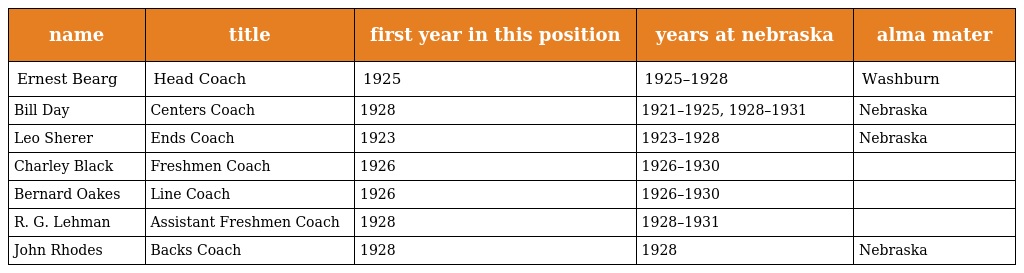
| name | title | first year in this position | years at nebraska | alma mater |
 | --- | --- | --- | --- | --- |
 | Ernest Bearg | Head Coach | 1925 | 1925–1928 | Washburn |
 | Bill Day | Centers Coach | 1928 | 1921–1925, 1928–1931 | Nebraska |
 | Leo Sherer | Ends Coach | 1923 | 1923–1928 | Nebraska |
 | Charley Black | Freshmen Coach | 1926 | 1926–1930 |  |
 | Bernard Oakes | Line Coach | 1926 | 1926–1930 |  |
 | R. G. Lehman | Assistant Freshmen Coach | 1928 | 1928–1931 |  |
 | John Rhodes | Backs Coach | 1928 | 1928 | Nebraska |